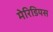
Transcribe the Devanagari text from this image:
मेरिडियस